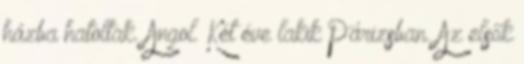
házba hatoltak. Angol. Két éve lakik Párizsban. Az elsők